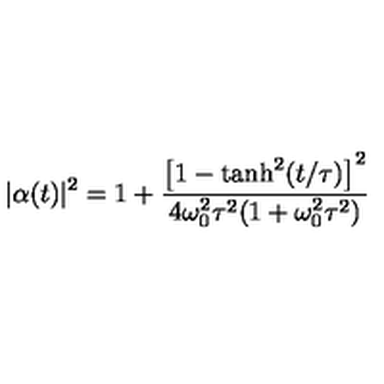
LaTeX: | \alpha ( t ) | ^ { 2 } = 1 + \frac { \left[ 1 - \tanh ^ { 2 } ( t / \tau ) \right] ^ { 2 } } { 4 \omega _ { 0 } ^ { 2 } \tau ^ { 2 } ( 1 + \omega _ { 0 } ^ { 2 } \tau ^ { 2 } ) }